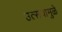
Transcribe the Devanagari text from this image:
उत्सवामुळे